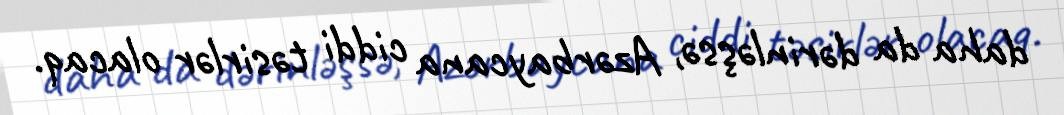
daha da dərinləşsə, Azərbaycana ciddi təsirlər olacaq.